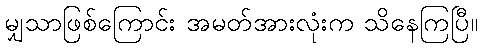
မျှသာဖြစ်ကြောင်း အမတ်အားလုံးက သိနေကြပြီ။